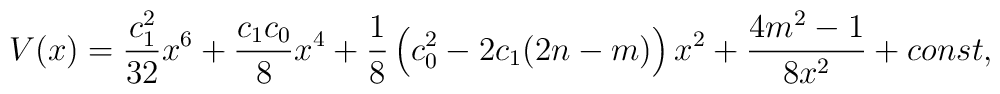
V(x)=\frac{c_1^2}{32}x^6 + \frac{c_1c_0}8x^4 + \frac 18\left(c_0^2-2c_1(2n - m)\right)x^2 + \frac{4m^2-1}{8x^2} + const,